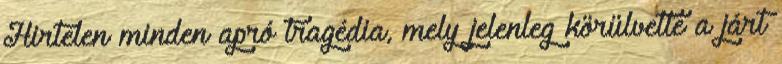
Hirtelen minden apró tragédia, mely jelenleg körülvette a járt